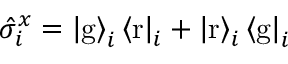
\hat { \sigma } _ { i } ^ { x } = \left| \mathrm { g } \right\rangle _ { i } \left\langle \mathrm { r } \right| _ { i } + \left| \mathrm { r } \right\rangle _ { i } \left\langle \mathrm { g } \right| _ { i }